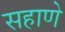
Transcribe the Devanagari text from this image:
सहाणे